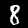
Label: 8